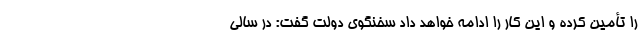
را تأمین کرده و این کار را ادامه خواهد داد سخنگوی دولت گفت:‌ در سالی